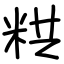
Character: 粠